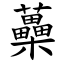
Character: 蘽